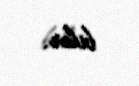
bilər.